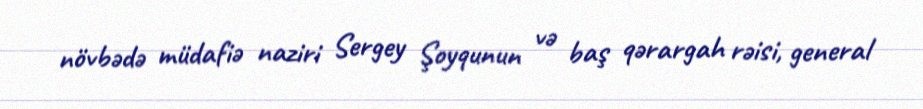
növbədə müdafiə naziri Sergey Şoyqunun və baş qərargah rəisi, general